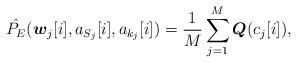
LaTeX: \begin{align*} \hat{P_E}({\boldsymbol w}_j[i],a_{S_j}[i],a_{k_j}[i])=\frac{1}{M}\sum^{M}_{j=1}{\boldsymbol Q}(c_j[i]),\end{align*}